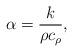
LaTeX: \begin{align*} \alpha=\frac{k}{\rho c_{\rho}},\end{align*}